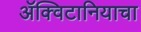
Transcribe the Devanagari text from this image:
ॲक्विटानियाचा